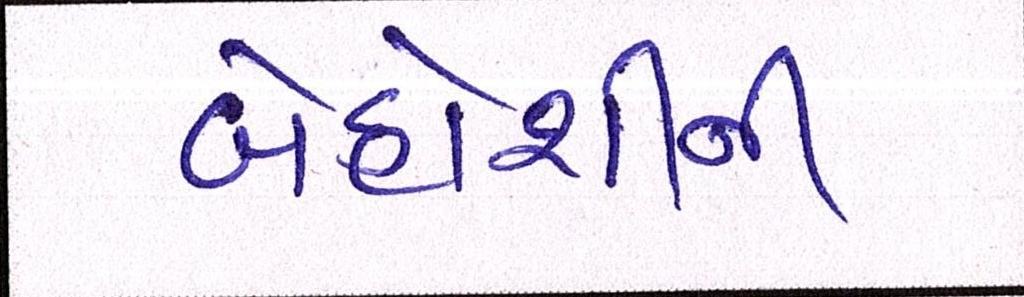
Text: બેહોશીની